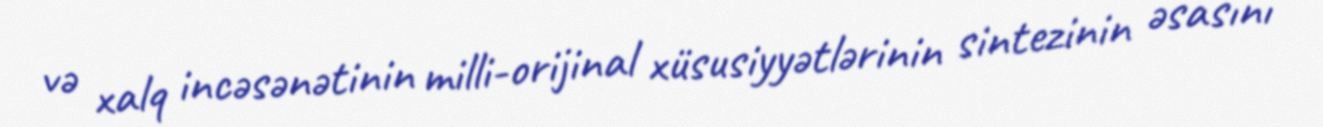
və xalq incəsənətinin milli-orijinal xüsusiyyətlərinin sintezinin əsasını